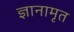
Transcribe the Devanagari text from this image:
ज्ञानामृत